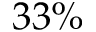
3 3 \%